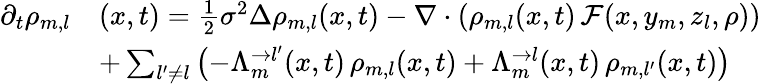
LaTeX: \begin{array}{rl}{\partial_{t}\rho_{m,l}}&{(x,t)=\frac{1}{2}\sigma^{2}\Delta\rho_{m,l}(x,t)-\nabla\cdot\left(\rho_{m,l}(x,t)\, \mathcal F(x,y_{m},z_{l},\rho)\right)}\\ &{+\sum_{l^{\prime}\neq l}\left(-\Lambda_{m}^{\rightarrow l^{\prime}}(x,t)\, \rho_{m,l}(x,t)+\Lambda_{m}^{\rightarrow l}(x,t)\, \rho_{m,l^{\prime}}(x,t)\right)}\end{array}